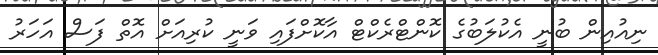
ނިއުއިން ބުނީ އެކުލަބުގެ ކޮންޓްރެކްޓް އާކޮށްފައި ވަނީ ކުރިއަށް އޮތް ފަސް އަހަރު